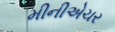
મીનીએચર